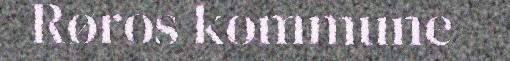
Røros kommune